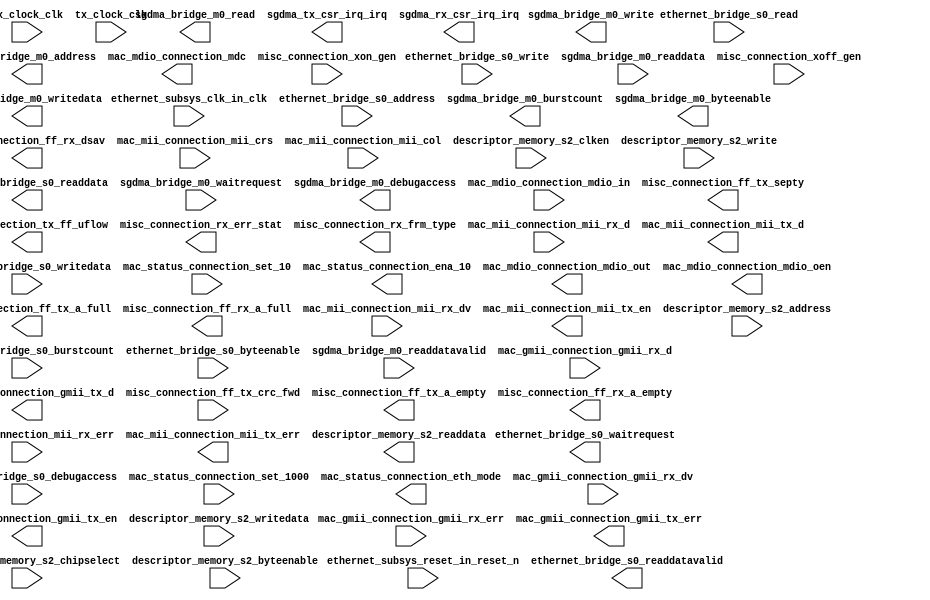

module ethernet_system (
	ethernet_subsys_clk_in_clk,
	ethernet_subsys_reset_in_reset_n,
	ethernet_bridge_s0_waitrequest,
	ethernet_bridge_s0_readdata,
	ethernet_bridge_s0_readdatavalid,
	ethernet_bridge_s0_burstcount,
	ethernet_bridge_s0_writedata,
	ethernet_bridge_s0_address,
	ethernet_bridge_s0_write,
	ethernet_bridge_s0_read,
	ethernet_bridge_s0_byteenable,
	ethernet_bridge_s0_debugaccess,
	sgdma_bridge_m0_waitrequest,
	sgdma_bridge_m0_readdata,
	sgdma_bridge_m0_readdatavalid,
	sgdma_bridge_m0_burstcount,
	sgdma_bridge_m0_writedata,
	sgdma_bridge_m0_address,
	sgdma_bridge_m0_write,
	sgdma_bridge_m0_read,
	sgdma_bridge_m0_byteenable,
	sgdma_bridge_m0_debugaccess,
	rx_clock_clk,
	tx_clock_clk,
	mac_status_connection_set_10,
	mac_status_connection_set_1000,
	mac_status_connection_eth_mode,
	mac_status_connection_ena_10,
	mac_gmii_connection_gmii_rx_d,
	mac_gmii_connection_gmii_rx_dv,
	mac_gmii_connection_gmii_rx_err,
	mac_gmii_connection_gmii_tx_d,
	mac_gmii_connection_gmii_tx_en,
	mac_gmii_connection_gmii_tx_err,
	mac_mdio_connection_mdc,
	mac_mdio_connection_mdio_in,
	mac_mdio_connection_mdio_out,
	mac_mdio_connection_mdio_oen,
	misc_connection_xon_gen,
	misc_connection_xoff_gen,
	misc_connection_ff_tx_crc_fwd,
	misc_connection_ff_tx_septy,
	misc_connection_tx_ff_uflow,
	misc_connection_ff_tx_a_full,
	misc_connection_ff_tx_a_empty,
	misc_connection_rx_err_stat,
	misc_connection_rx_frm_type,
	misc_connection_ff_rx_dsav,
	misc_connection_ff_rx_a_full,
	misc_connection_ff_rx_a_empty,
	mac_mii_connection_mii_rx_d,
	mac_mii_connection_mii_rx_dv,
	mac_mii_connection_mii_rx_err,
	mac_mii_connection_mii_tx_d,
	mac_mii_connection_mii_tx_en,
	mac_mii_connection_mii_tx_err,
	mac_mii_connection_mii_crs,
	mac_mii_connection_mii_col,
	sgdma_tx_csr_irq_irq,
	sgdma_rx_csr_irq_irq,
	descriptor_memory_s2_address,
	descriptor_memory_s2_chipselect,
	descriptor_memory_s2_clken,
	descriptor_memory_s2_write,
	descriptor_memory_s2_readdata,
	descriptor_memory_s2_writedata,
	descriptor_memory_s2_byteenable);	

	input		ethernet_subsys_clk_in_clk;
	input		ethernet_subsys_reset_in_reset_n;
	output		ethernet_bridge_s0_waitrequest;
	output	[31:0]	ethernet_bridge_s0_readdata;
	output		ethernet_bridge_s0_readdatavalid;
	input	[0:0]	ethernet_bridge_s0_burstcount;
	input	[31:0]	ethernet_bridge_s0_writedata;
	input	[10:0]	ethernet_bridge_s0_address;
	input		ethernet_bridge_s0_write;
	input		ethernet_bridge_s0_read;
	input	[3:0]	ethernet_bridge_s0_byteenable;
	input		ethernet_bridge_s0_debugaccess;
	input		sgdma_bridge_m0_waitrequest;
	input	[31:0]	sgdma_bridge_m0_readdata;
	input		sgdma_bridge_m0_readdatavalid;
	output	[0:0]	sgdma_bridge_m0_burstcount;
	output	[31:0]	sgdma_bridge_m0_writedata;
	output	[30:0]	sgdma_bridge_m0_address;
	output		sgdma_bridge_m0_write;
	output		sgdma_bridge_m0_read;
	output	[3:0]	sgdma_bridge_m0_byteenable;
	output		sgdma_bridge_m0_debugaccess;
	input		rx_clock_clk;
	input		tx_clock_clk;
	input		mac_status_connection_set_10;
	input		mac_status_connection_set_1000;
	output		mac_status_connection_eth_mode;
	output		mac_status_connection_ena_10;
	input	[7:0]	mac_gmii_connection_gmii_rx_d;
	input		mac_gmii_connection_gmii_rx_dv;
	input		mac_gmii_connection_gmii_rx_err;
	output	[7:0]	mac_gmii_connection_gmii_tx_d;
	output		mac_gmii_connection_gmii_tx_en;
	output		mac_gmii_connection_gmii_tx_err;
	output		mac_mdio_connection_mdc;
	input		mac_mdio_connection_mdio_in;
	output		mac_mdio_connection_mdio_out;
	output		mac_mdio_connection_mdio_oen;
	input		misc_connection_xon_gen;
	input		misc_connection_xoff_gen;
	input		misc_connection_ff_tx_crc_fwd;
	output		misc_connection_ff_tx_septy;
	output		misc_connection_tx_ff_uflow;
	output		misc_connection_ff_tx_a_full;
	output		misc_connection_ff_tx_a_empty;
	output	[17:0]	misc_connection_rx_err_stat;
	output	[3:0]	misc_connection_rx_frm_type;
	output		misc_connection_ff_rx_dsav;
	output		misc_connection_ff_rx_a_full;
	output		misc_connection_ff_rx_a_empty;
	input	[3:0]	mac_mii_connection_mii_rx_d;
	input		mac_mii_connection_mii_rx_dv;
	input		mac_mii_connection_mii_rx_err;
	output	[3:0]	mac_mii_connection_mii_tx_d;
	output		mac_mii_connection_mii_tx_en;
	output		mac_mii_connection_mii_tx_err;
	input		mac_mii_connection_mii_crs;
	input		mac_mii_connection_mii_col;
	output		sgdma_tx_csr_irq_irq;
	output		sgdma_rx_csr_irq_irq;
	input	[10:0]	descriptor_memory_s2_address;
	input		descriptor_memory_s2_chipselect;
	input		descriptor_memory_s2_clken;
	input		descriptor_memory_s2_write;
	output	[31:0]	descriptor_memory_s2_readdata;
	input	[31:0]	descriptor_memory_s2_writedata;
	input	[3:0]	descriptor_memory_s2_byteenable;
endmodule